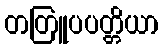
တတြူပပတ္တိယာ